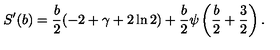
S ^ { \prime } ( b ) = \frac { b } { 2 } ( - 2 + \gamma + 2 \ln 2 ) + \frac { b } { 2 } \psi \left( \frac { b } { 2 } + \frac { 3 } { 2 } \right) .